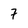
Character: 7